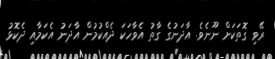
ރޭވި ގޮތަކަށް ނޫނެވެ. އާދަނުގެ ގާތު އެވާހަކަ ދެއްކުމުން އާދަނު އެކަމާއި ދެކޮޅު